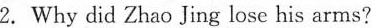
2. Why did Zhao Jing lose his arms?